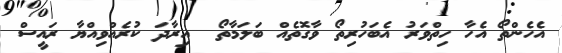
އެހެންތޯ އެހާ ހިތްވަރު އެބަހުރިތޯ ވާގޮތެއްް ބަލަމާތޯ  އިރާދަ ކުރެއްވިއްޔާ ރައީސް